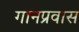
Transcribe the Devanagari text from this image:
गानप्रवास